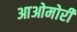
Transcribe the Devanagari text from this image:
आओमोरी